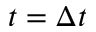
t = \Delta t